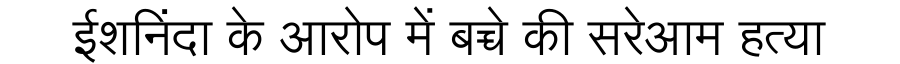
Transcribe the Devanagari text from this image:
ईशनिंदा के आरोप में बच्चे की सरेआम हत्या